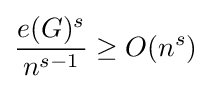
{\frac {e(G)^{s}}{n^{s-1}}}\geq O(n^{s})